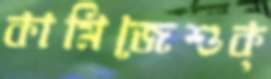
কামিজেশুক্